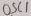
Text: OSC1